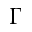
\Gamma